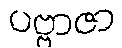
ပဗ္ဗာဇာ